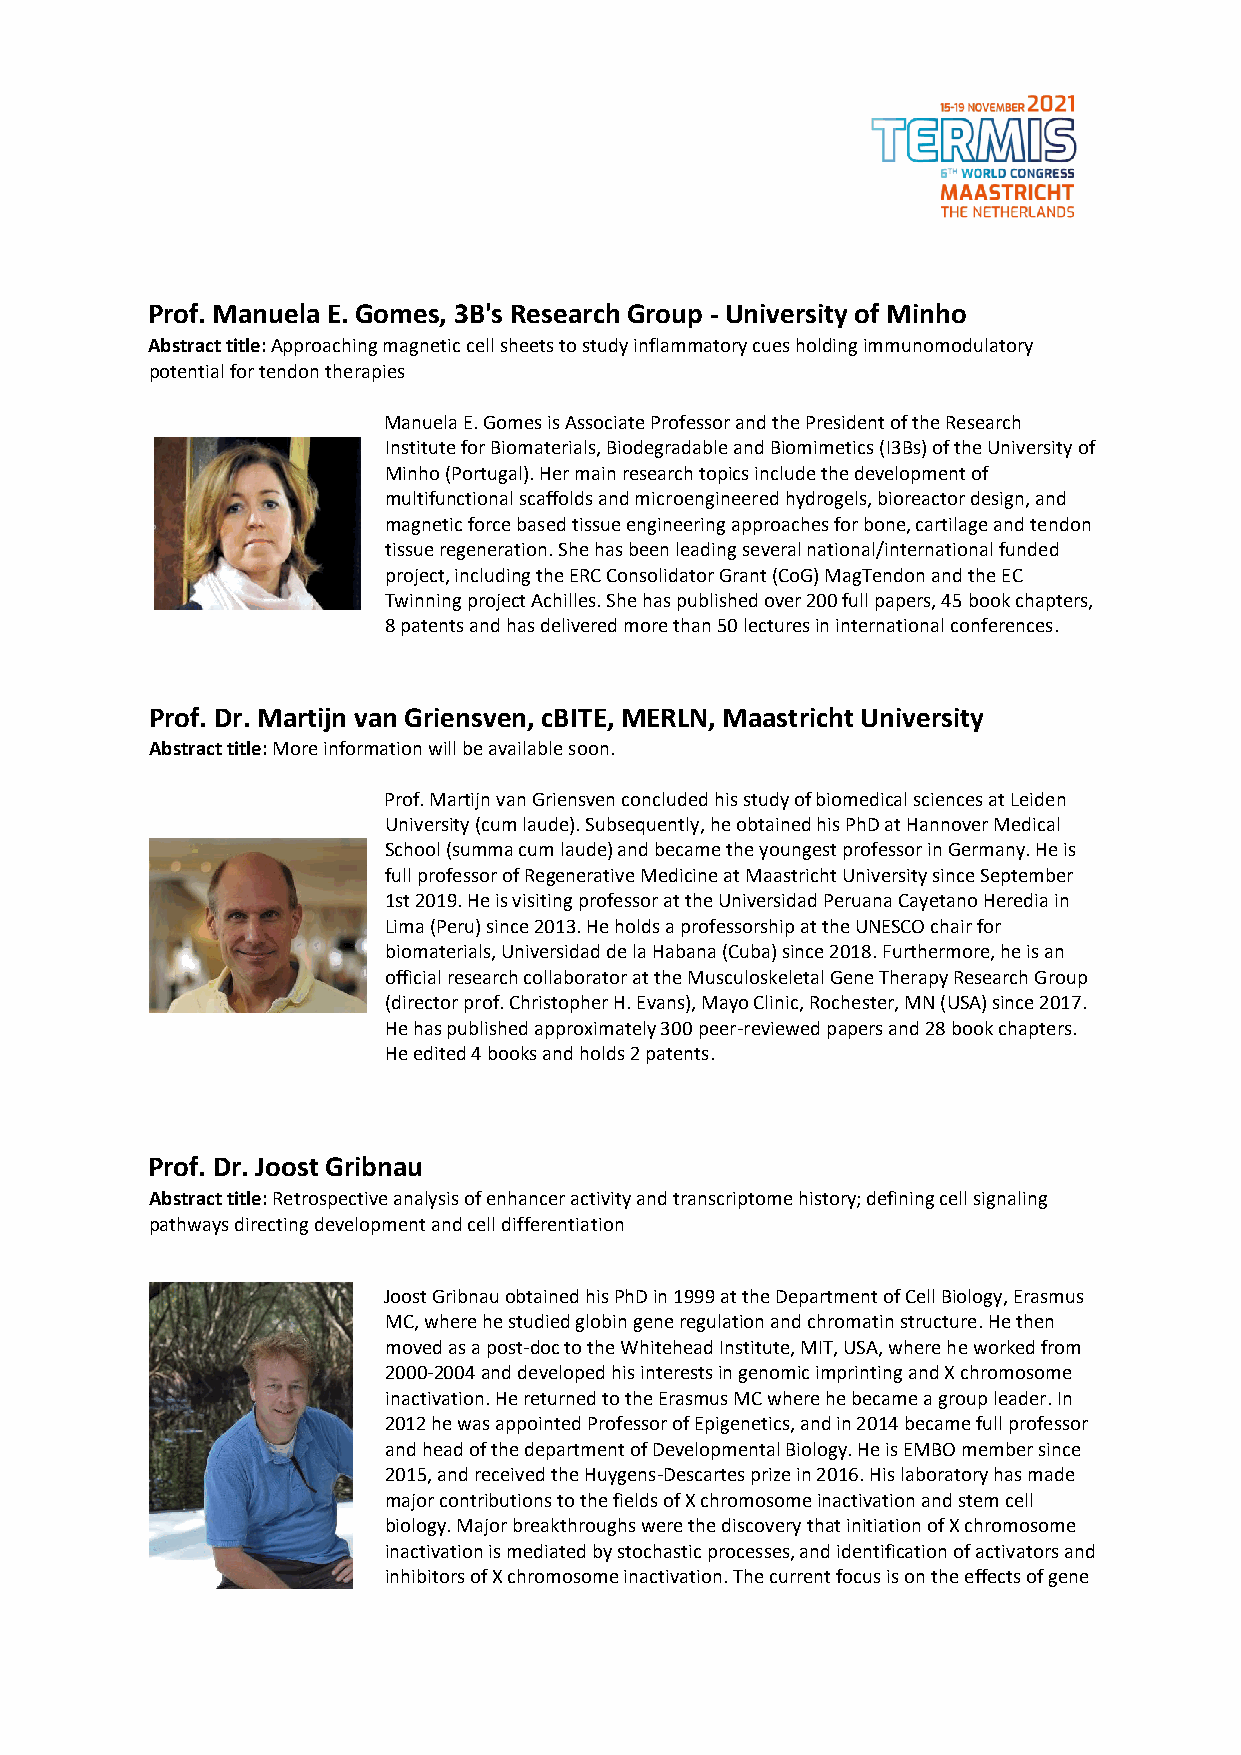
Prof. Manuela E. Gomes, 3B's Research Group - University of Minho
 Abstract title: Approaching magnetic cell sheets to study inflammatory cues holding immunomodulatory
 potential for tendon therapies
 Manuela E. Gomes is Associate Professor and the President of the Research
 Institute for Biomaterials, Biodegradable and Biomimetics (I3Bs) of the University of
 Minho (Portugal). Her main research topics include the development of
 multifunctional scaffolds and microengineered hydrogels, bioreactor design, and
 magnetic force based tissue engineering approaches for bone, cartilage and tendon
 tissue regeneration. She has been leading several national/international funded
 project, including the ERC Consolidator Grant (CoG) MagTendon and the EC
 Twinning project Achilles. She has published over 200 full papers, 45 book chapters,
 8 patents and has delivered more than 50 lectures in international conferences.
 Prof. Dr. Martijn van Griensven, cBITE, MERLN, Maastricht University
 Abstract title: More information will be available soon.
 Prof. Martijn van Griensven concluded his study of biomedical sciences at Leiden
 University (cum laude). Subsequently, he obtained his PhD at Hannover Medical
 School (summa cum laude) and became the youngest professor in Germany. He is
 full professor of Regenerative Medicine at Maastricht University since September
 1st 2019. He is visiting professor at the Universidad Peruana Cayetano Heredia in
 Lima (Peru) since 2013. He holds a professorship at the UNESCO chair for
 biomaterials, Universidad de la Habana (Cuba) since 2018. Furthermore, he is an
 official research collaborator at the Musculoskeletal Gene Therapy Research Group
 (director prof. Christopher H. Evans), Mayo Clinic, Rochester, MN (USA) since 2017.
 He has published approximately 300 peer-reviewed papers and 28 book chapters.
 He edited 4 books and holds 2 patents.
 Prof. Dr. Joost Gribnau
 Abstract title: Retrospective analysis of enhancer activity and transcriptome history; defining cell signaling
 pathways directing development and cell differentiation
 Joost Gribnau obtained his PhD in 1999 at the Department of Cell Biology, Erasmus
 MC, where he studied globin gene regulation and chromatin structure. He then
 moved as a post-doc to the Whitehead Institute, MIT, USA, where he worked from
 2000-2004 and developed his interests in genomic imprinting and X chromosome
 inactivation. He returned to the Erasmus MC where he became a group leader. In
 2012 he was appointed Professor of Epigenetics, and in 2014 became full professor
 and head of the department of Developmental Biology. He is EMBO member since
 2015, and received the Huygens-Descartes prize in 2016. His laboratory has made
 major contributions to the fields of X chromosome inactivation and stem cell
 biology. Major breakthroughs were the discovery that initiation of X chromosome
 inactivation is mediated by stochastic processes, and identification of activators and
 inhibitors of X chromosome inactivation. The current focus is on the effects of gene